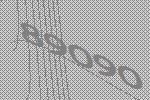
89090